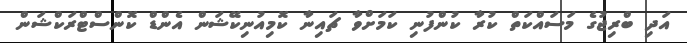
އަދި ބްރިޖުގެ މަސައްކަތް ކުރާ ކުންފުނި ކަމަށްވާ ޗައިނާ ކޮމިއުނިކޭޝަން އެންޑް ކޮންސްޓްރަކްޝަން